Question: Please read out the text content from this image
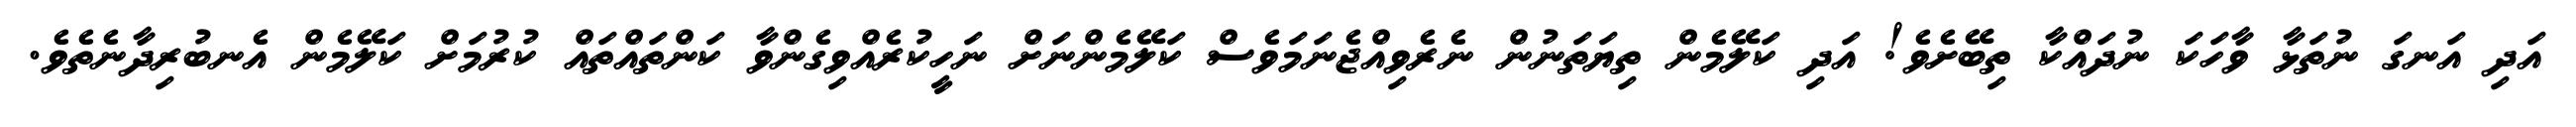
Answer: އަދި އަނގަ ނުތަޅާ ވާހަކަ ނުދައްކާ ތިބޭށެވެ! އަދި ކަލޭމެން ތިޔަތަނުން ނެރެވިއްޖެނަމަވެސް ކަލޭމެންނަށް ނަހީކުރެއްވިގެންވާ ކަންތައްތައް ކުރުމަށް ކަލޭމެން އެނބުރިދާނެތެވެ.